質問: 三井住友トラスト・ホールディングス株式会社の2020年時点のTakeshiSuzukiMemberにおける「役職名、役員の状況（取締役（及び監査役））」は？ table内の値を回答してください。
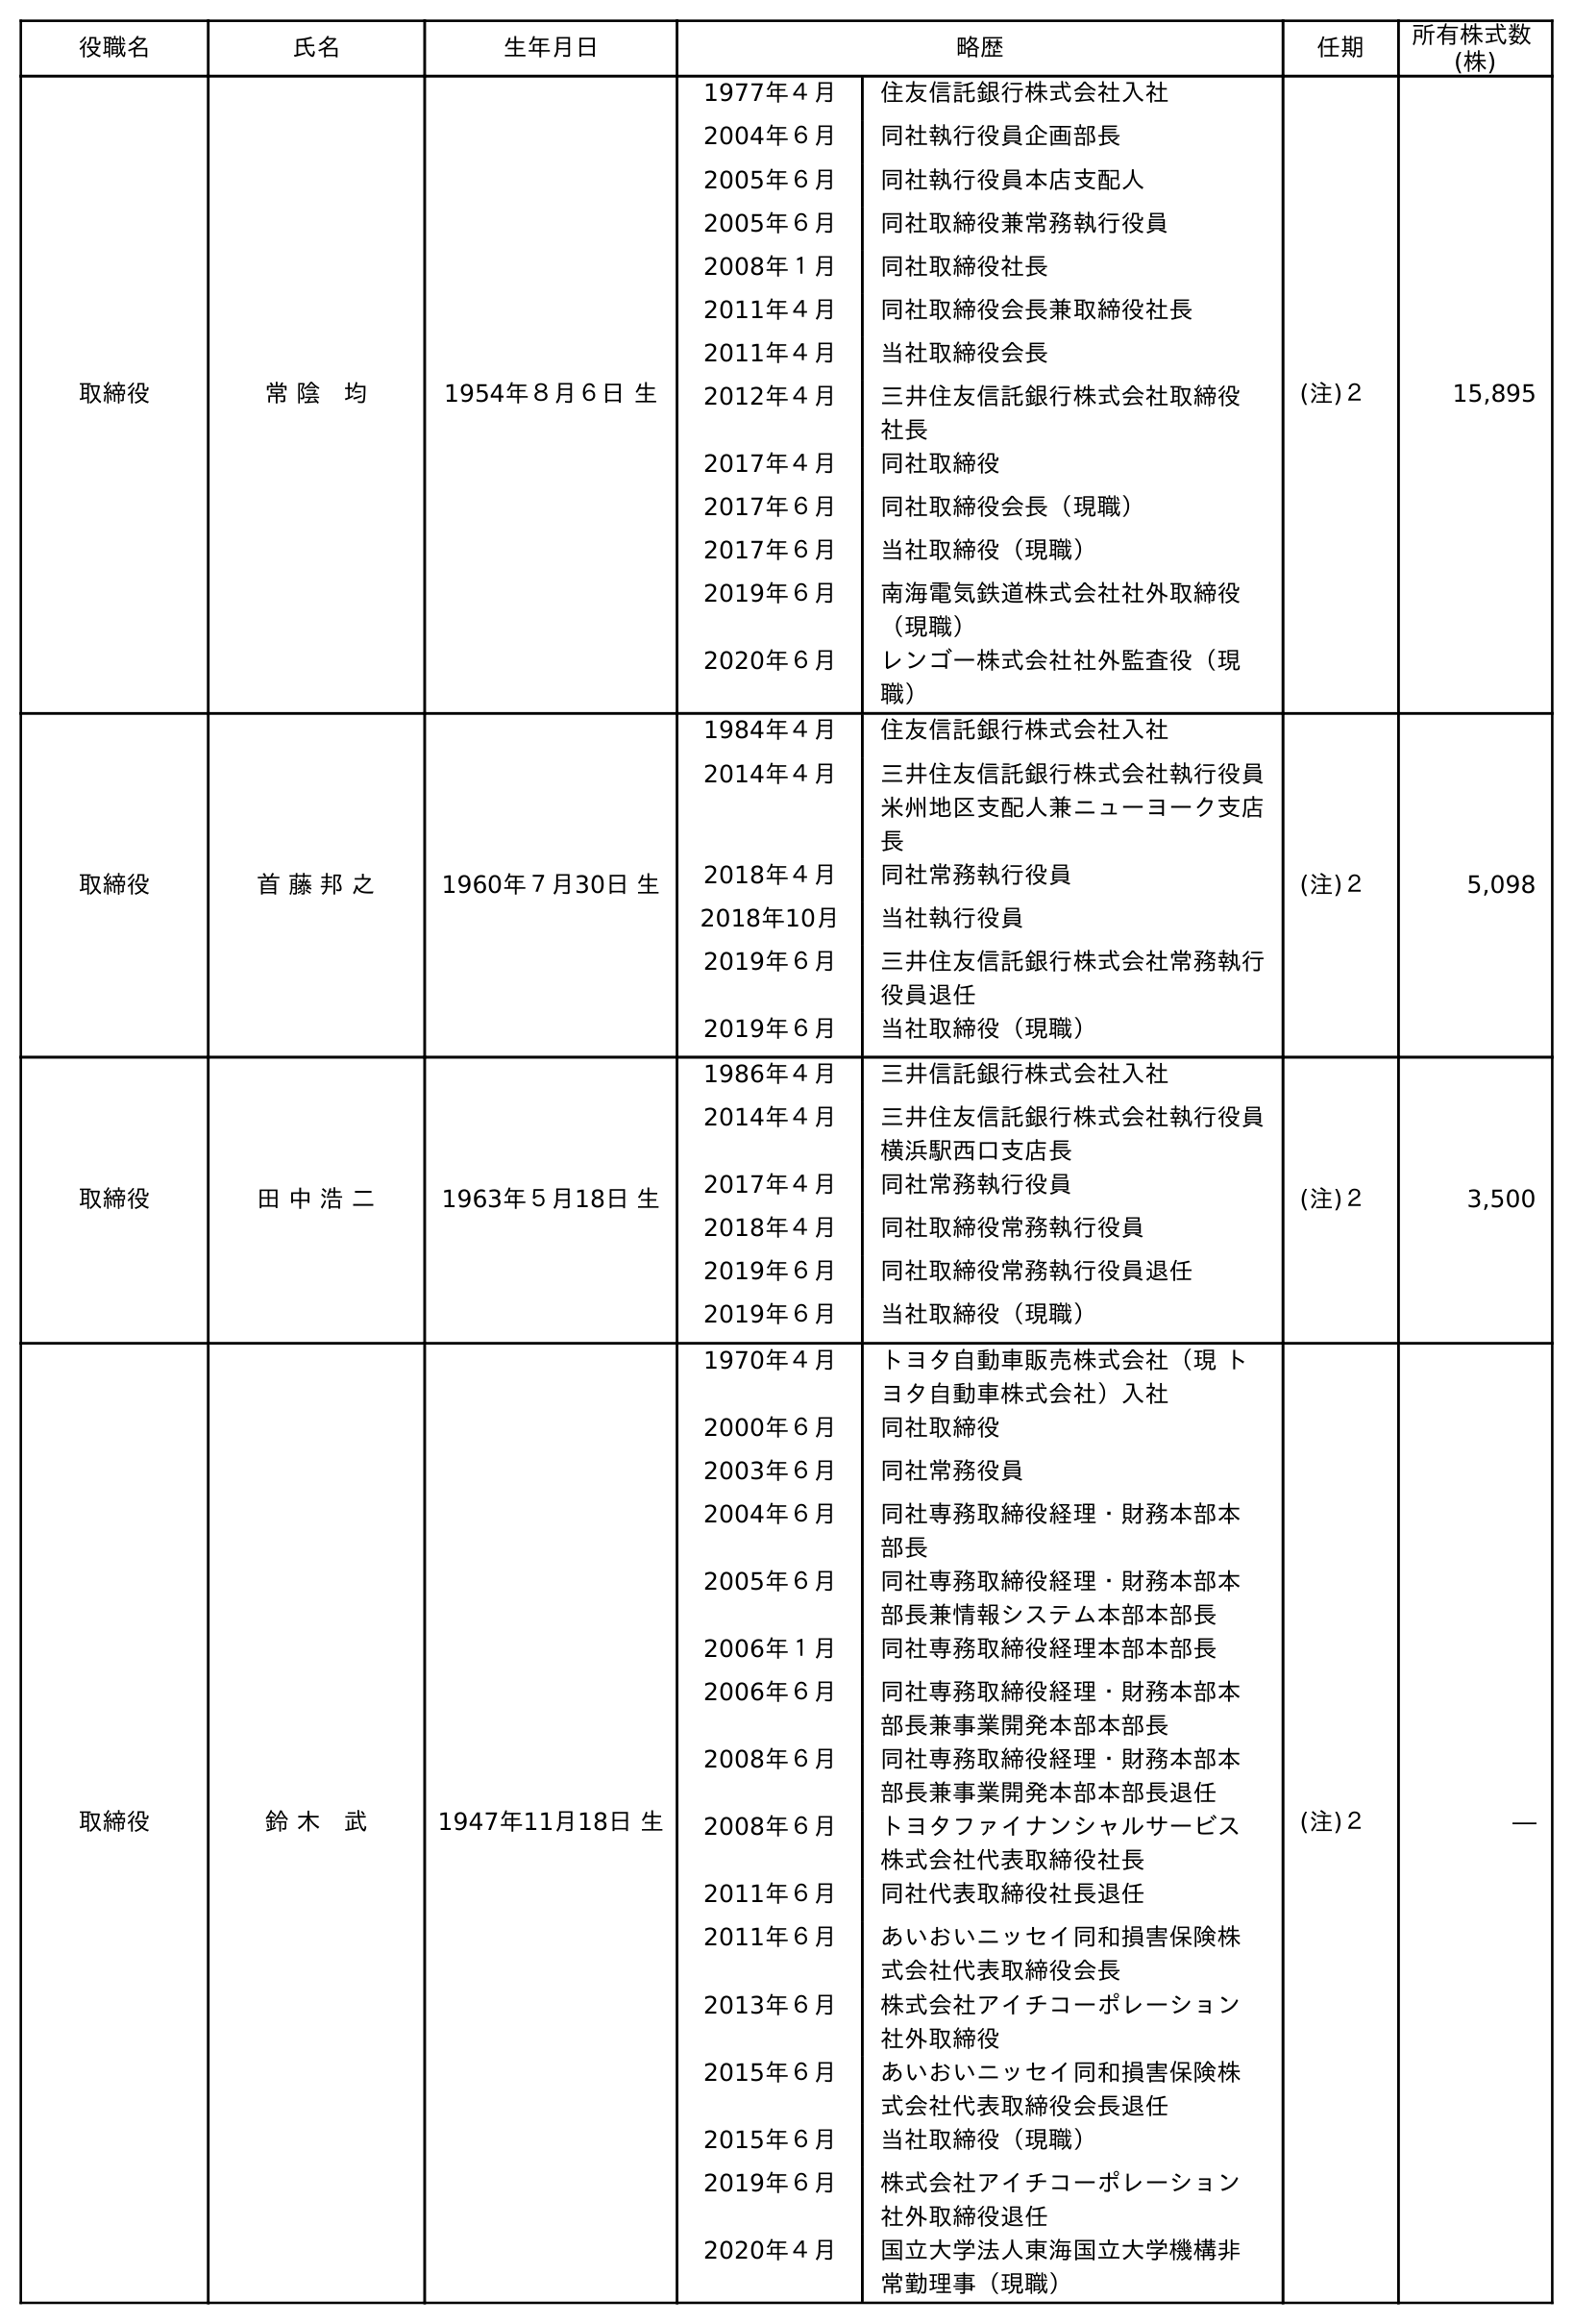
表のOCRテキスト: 役職名 氏名 生年月日 略歴 任期 所有株式数 (株) 取締役 常 陰 均 1954年８月６日 生 1977年４月 住友信託銀行株式会社入社 2004年６月 同社執行役員企画部長 2005年６月 同社執行役員本店支配人 2005年６月 同社取締役兼常務執行役員 2008年１月 同社取締役社長 2011年４月 同社取締役会長兼取締役社長 2011年４月 当社取締役会長 2012年４月 三井住友信託銀行株式会社取締役  社長 2017年４月 同社取締役 2017年６月 同社取締役会長（現職） 2017年６月 当社取締役（現職） 2019年６月 南海電気鉄道株式会社社外取締役 （現職） 2020年６月 レンゴー株式会社社外監査役（現 職） (注)２ 15,895 取締役 首 藤 邦 之 1960年７月30日 生 1984年４月 住友信託銀行株式会社入社 2014年４月 三井住友信託銀行株式会社執行役員 米州地区支配人兼ニューヨーク支店 長 2018年４月 同社常務執行役員 2018年10月 当社執行役員 2019年６月 三井住友信託銀行株式会社常務執行 役員退任 2019年６月 当社取締役（現職） (注)２ 5,098 取締役 田 中 浩 二 1963年５月18日 生 1986年４月 三井信託銀行株式会社入社 2014年４月 三井住友信託銀行株式会社執行役員 横浜駅西口支店長 2017年４月 同社常務執行役員 2018年４月 同社取締役常務執行役員 2019年６月 同社取締役常務執行役員退任 2019年６月 当社取締役（現職） (注)２ 3,500 取締役 鈴 木 武 1947年11月18日 生 1970年４月 トヨタ自動車販売株式会社（現 ト ヨタ自動車株式会社）入社 2000年６月 同社取締役 2003年６月 同社常務役員 2004年６月 同社専務取締役経理・財務本部本 部長 2005年６月 同社専務取締役経理・財務本部本 部長兼情報システム本部本部長 2006年１月 同社専務取締役経理本部本部長 2006年６月 同社専務取締役経理・財務本部本 部長兼事業開発本部本部長 2008年６月 同社専務取締役経理・財務本部本 部長兼事業開発本部本部長退任 2008年６月 トヨタファイナンシャルサービス 株式会社代表取締役社長 2011年６月 同社代表取締役社長退任 2011年６月 あいおいニッセイ同和損害保険株 式会社代表取締役会長 2013年６月 株式会社アイチコーポレーション 社外取締役 2015年６月 あいおいニッセイ同和損害保険株 式会社代表取締役会長退任 2015年６月 当社取締役（現職） 2019年６月 株式会社アイチコーポレーション 社外取締役退任 2020年４月 国立大学法人東海国立大学機構非 常勤理事（現職） (注)２ ―
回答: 取締役